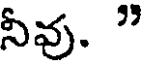
నీవు. "